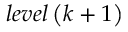
{ l e v e l } \left( k + 1 \right)